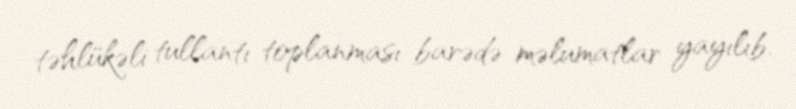
təhlükəli tullantı toplanması barədə məlumatlar yayılıb.